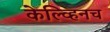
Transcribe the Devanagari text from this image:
केल्व्हिनच